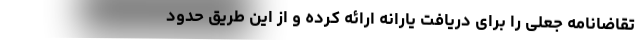
تقاضانامه جعلی را برای دریافت یارانه ارائه کرده و از این طریق حدود